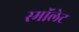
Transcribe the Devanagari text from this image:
स्माॅलेट